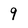
Character: 9